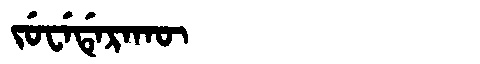
Manchu: ᠵᡠᠸᡝᡩᡝᡵᠠᡴᡡ
Romanization: JUWEDERAKŪ